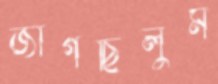
জাগছিলুম